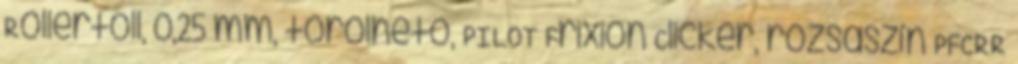
Rollertoll, 0,25 mm, törölhető, PILOT Frixion Clicker, rózsaszín PFCRR